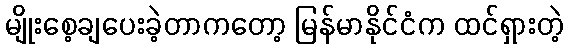
မျိုးစေ့ချပေးခဲ့တာကတော့ မြန်မာနိုင်ငံက ထင်ရှားတဲ့